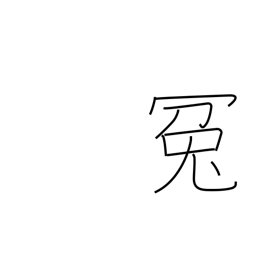
Meaning: false charge